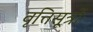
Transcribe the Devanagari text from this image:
वृत्तिसूत्रों